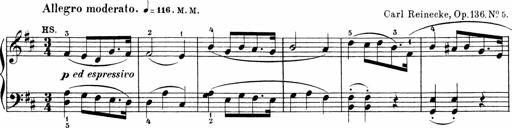
Title: Sonatinen Op.47, 98 und 136, nebst 6 Liedersonatinen
Composer: Carl Reinecke